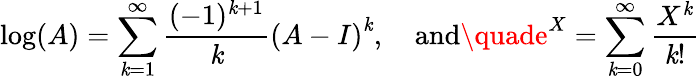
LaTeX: \log(A)=\sum_{\mathit{k}=1}^{\infty}{\frac{{(-1)^{\mathit{k}+1}}}{{\mathit{k}}}}{(A-I)}^{\mathit{k}},\quad{\mathrm{{and}}}\quade^{X}=\sum_{\mathit{k}=0}^{\infty}{\frac{{X^{\mathit{k}}}}{{\mathit{k}!}}}